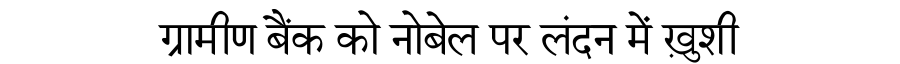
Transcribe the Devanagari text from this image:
ग्रामीण बैंक को नोबेल पर लंदन में ख़ुशी